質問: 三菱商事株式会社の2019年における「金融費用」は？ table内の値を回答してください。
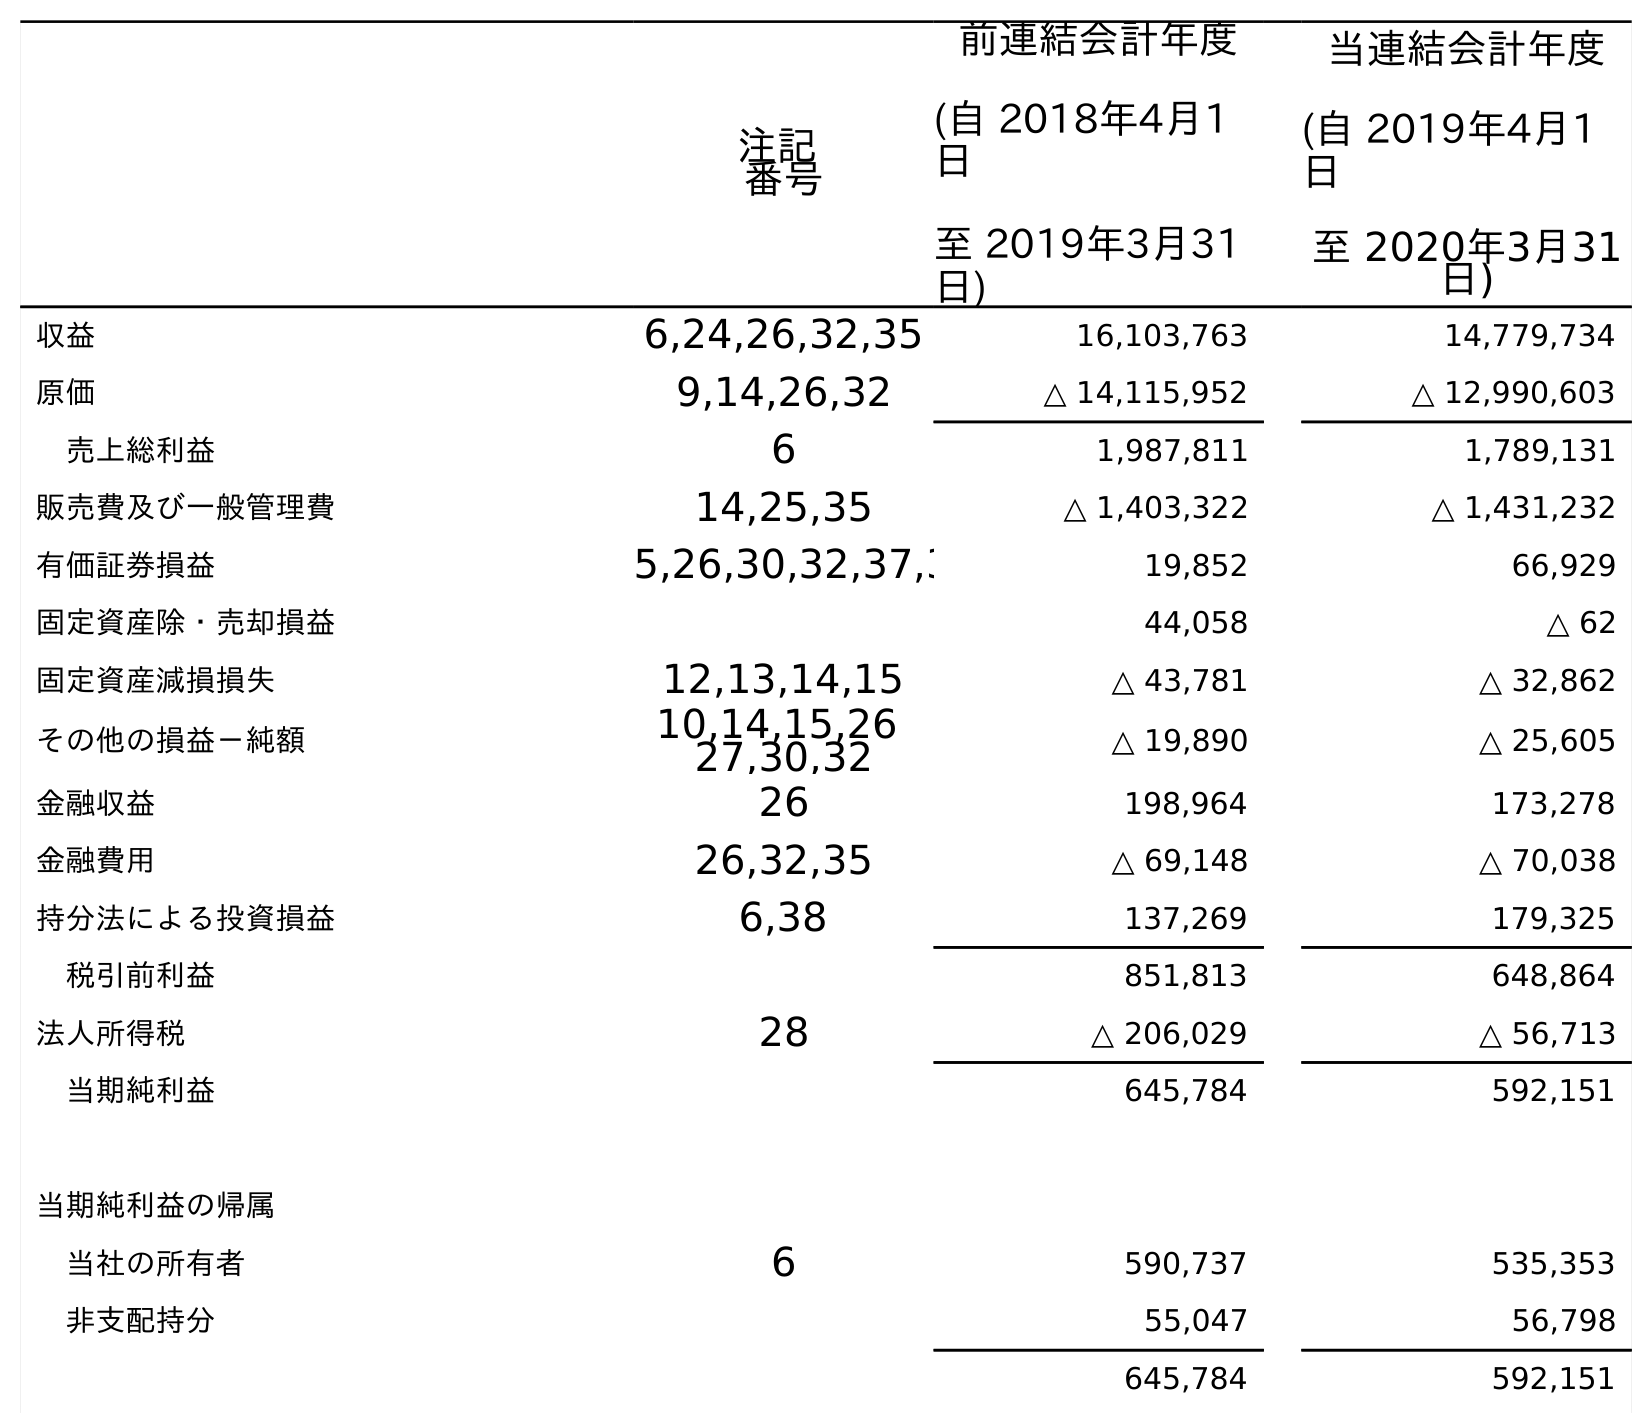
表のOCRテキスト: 注記 番号 前連結会計年度 (自 2018年4月1 日 至 2019年3月31 日) 当連結会計年度 (自 2019年4月1 日 至 2020年3月31 日) 収益 6,24,26,32,35 16,103,763 14,779,734 原価 9,14,26,32 △ 14,115,952 △ 12,990,603 売上総利益 6 1,987,811 1,789,131 販売費及び一般管理費 14,25,35 △ 1,403,322 △ 1,431,232 有価証券損益 5,26,30,32,37,3 19,852 66,929 固定資産除・売却損益 44,058 △ 62 固定資産減損損失 12,13,14,15 △ 43,781 △ 32,862 その他の損益－純額 10,14,15,26 27,30,32 △ 19,890 △ 25,605 金融収益 26 198,964 173,278 金融費用 26,32,35 △ 69,148 △ 70,038 持分法による投資損益 6,38 137,269 179,325 税引前利益 851,813 648,864 法人所得税 28 △ 206,029 △ 56,713 当期純利益 645,784 592,151 当期純利益の帰属 当社の所有者 6 590,737 535,353 非支配持分 55,047 56,798 645,784 592,151
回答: △69,148